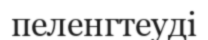
пеленгтеуді